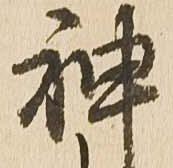
神